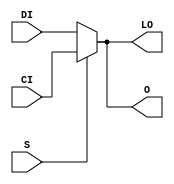
// $Header: /devl/xcs/repo/env/Databases/CAEInterfaces/verunilibs/s/MUXCY_D.v,v 1.9.22.1 2003/11/18 20:41:37 wloo Exp $

/*

FUNCTION	: 2 to 1 Multiplexer for Carry Logic

*/

`timescale  100 ps / 10 ps


module MUXCY_D (LO, O, CI, DI, S);

    output LO, O;
    reg    o_out, lo_out;

    input  CI, DI, S;

    buf B1 (O, o_out);
    buf B2 (LO, lo_out);

	always @(CI or DI or S) begin
	    if (S)
		o_out <= CI;
	    else
		o_out <= DI;
	end

	always @(CI or DI or S) begin
	    if (S)
		lo_out <= CI;
	    else
		lo_out <= DI;
	end

    specify
	(CI => O) = (0, 0);
	(DI => O) = (0, 0);
	(S  => O) = (0, 0);
	(CI => LO) = (0, 0);
	(DI => LO) = (0, 0);
	(S  => LO) = (0, 0);
    endspecify

endmodule